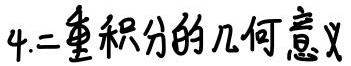
4.二重积分的几何意义